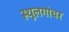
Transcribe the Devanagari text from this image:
स्थूलगोचर